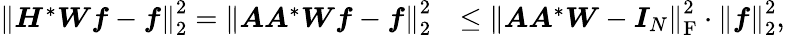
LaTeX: \begin{array}{rl}{\left\| \boldsymbol H^{*}\boldsymbol W\boldsymbol f-\boldsymbol f\right\| _{2}^{2}=\left\| \boldsymbol A\boldsymbol A^{*}\boldsymbol W\boldsymbol f-\boldsymbol f\right\| _{2}^{2}}&{\leq\left\| \boldsymbol A\boldsymbol A^{*}\boldsymbol W-\boldsymbol I_{N}\right\| _{\mathrm F}^{2}\cdot\left\| \boldsymbol f\right\| _{2}^{2},}\end{array}